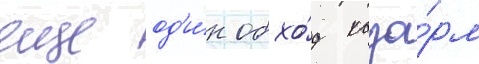
еще од'и́н обхо́д каза́рм